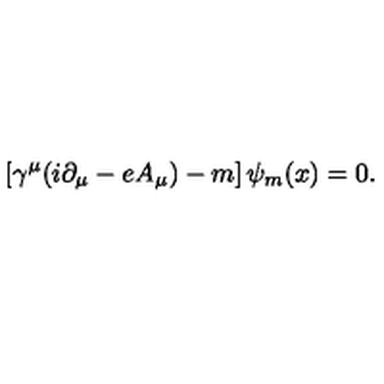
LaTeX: \left[ \gamma ^ { \mu } ( i \partial _ { \mu } - e A _ { \mu } ) - m \right] \psi _ { m } ( x ) = 0 .